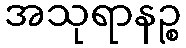
အသုရာနဉ္စ